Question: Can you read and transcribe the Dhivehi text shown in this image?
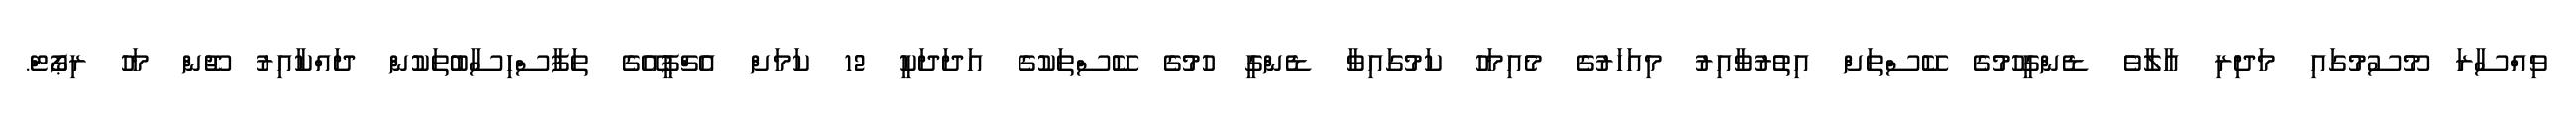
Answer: ވިއްސާރަ މޫސުމުގައި މަދިރި އާލާވެ ޑެންގީހުމުގެ ކޭސްތަށް އިތުރުވާއިރު މިއަހަރުގެ މެއިމަހު ކަމުގައިވާ ޑެންގީ ހުމުގެ ކޭސްތަކުގެ އަދަދަކީ 12 ކަމަށް އެޗްޕީއޭގެ ތަފާސްހިސާބުތަކުން ދައްކާއިރު ޖޫން މަހު ރިޕޯޓް.